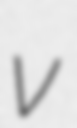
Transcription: v